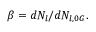
\beta = d N _ { l } / d N _ { l , 0 G } .